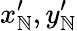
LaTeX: x_{\mathbb{N}}^{\prime},y_{\mathbb{N}}^{\prime}